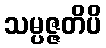
သမ္ပဇ္ဇတိပိ